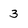
Character: 3